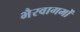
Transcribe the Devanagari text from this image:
भैरवागमों